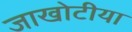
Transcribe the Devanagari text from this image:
जाखोटीया